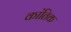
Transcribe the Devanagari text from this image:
कांतिक